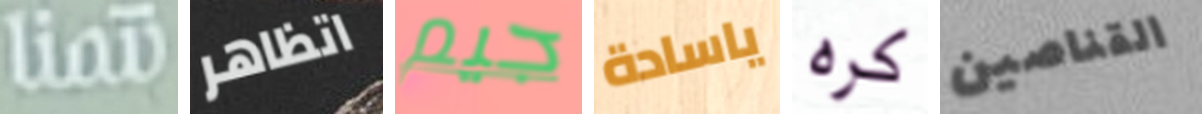
نتمنا اتظاهر جيم ياسادة كره القناصين